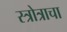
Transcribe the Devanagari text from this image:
स्त्रोत्राचा